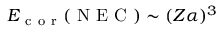
E _ { \mathrm { ~ c ~ o ~ r ~ } } ( \mathrm { ~ N ~ E ~ C ~ } ) \sim ( Z \alpha ) ^ { 3 }